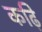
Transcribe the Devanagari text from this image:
कढ़ि